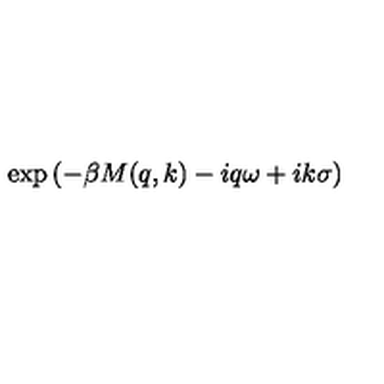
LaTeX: \exp \left( - \beta M ( q , k ) - i q \omega + i k \sigma \right)